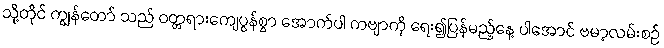
သို့တိုင် ကျွန်တော် သည် ဝတ္တရားကျေပွန်စွာ အောက်ပါ ကဗျာကို ရေး၍ပြန်မည့်နေ့ ပါအောင် ဗမာ့လမ်းစဉ်